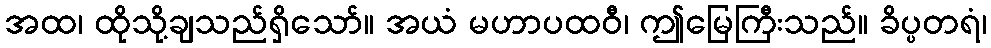
အထ၊ ထိုသို့ချသည်ရှိသော်။ အယံ မဟာပထဝီ၊ ဤမြေကြီးသည်။ ခိပ္ပတရံ၊